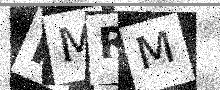
Text: HMRM